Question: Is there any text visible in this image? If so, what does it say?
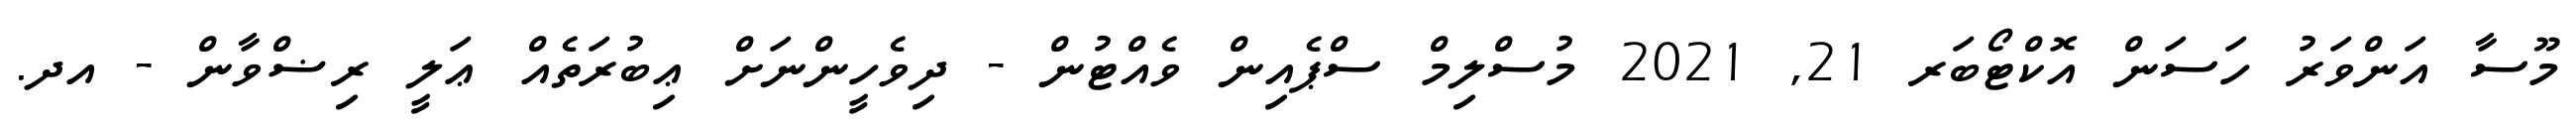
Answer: މޫސާ އަންވަރު ހަސަން އޮކްޓޯބަރ 21, 2021 މުސްލިމް ސްޕެއިން ވެއްޓުން - ދިވެހީންނަށް ޢިބުރަތެއް ޢަލީ ރިޟްވާން - އދ.